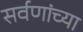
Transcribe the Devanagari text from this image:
सर्वणांच्या